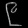
Digit: ၉